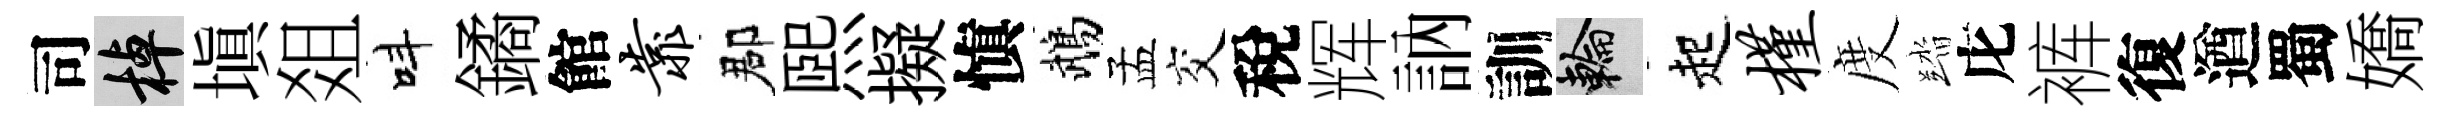
司棹填爼呌鐍館靠郡煕擬愼鵡孟交稅辉訥訓輪起槿度踏庀裤復遒蜀嬌